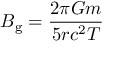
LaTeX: B _ { \mathrm { g } } = { \frac { 2 \pi G m } { 5 r c ^ { 2 } T } }